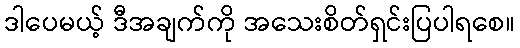
ဒါပေမယ့် ဒီအချက်ကို အသေးစိတ်ရှင်းပြပါရစေ။